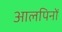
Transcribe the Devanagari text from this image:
आलपिनों